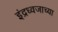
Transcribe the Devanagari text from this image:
इंद्रध्वजाच्या